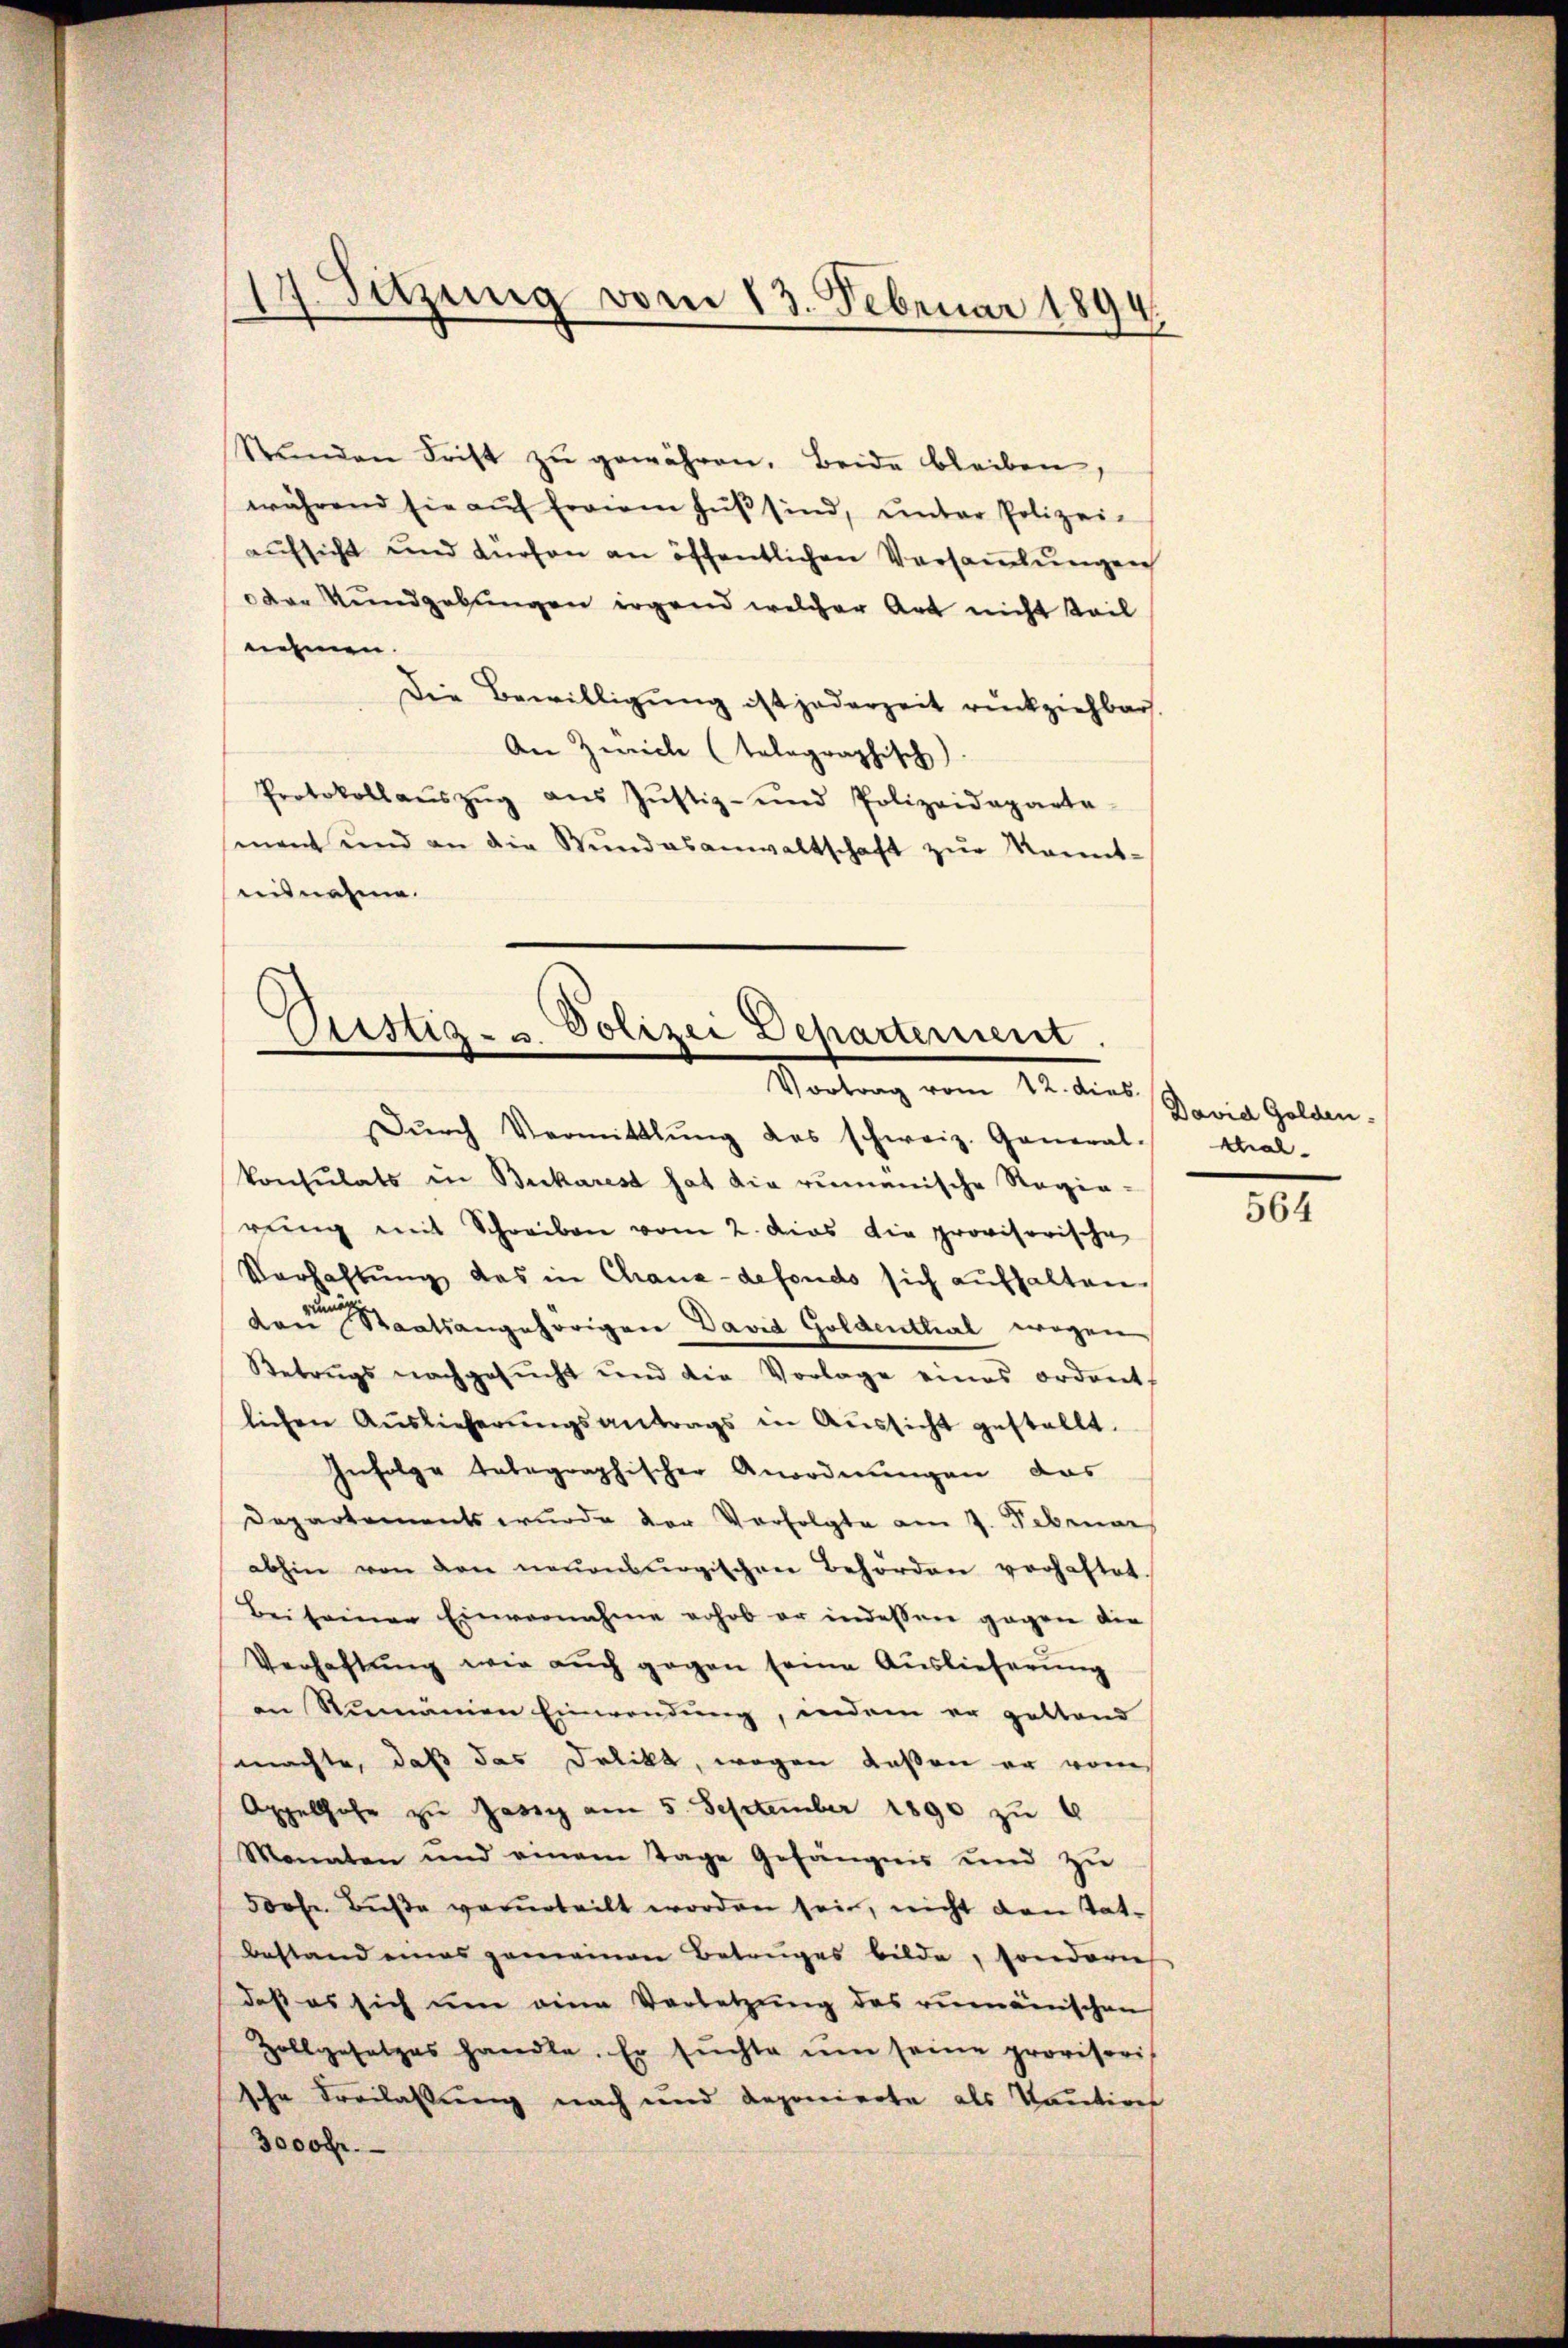
17. Setzung vom 13. Februar 1890
7

Stŭnden Frist zŭ gewähren. Beide bleiben,
während sie aŭf freien Hŭβ sind, unter Polizei-
aŭfsicht und dürfen an öffentlichen Versaṁlŭngen
oder Kundgebungen irgend welcher Art nicht teil
nehmen.
Die Bewilligung ist jederzeit rückziehbar.
An Zeich (tolographisch)
Protokollaŭszŭg aŭs Jŭstiz- und Polizeideparta
ment und an die Bŭndesanwaltschaft zŭr Monnt-
ausnahme.

Dŭrch Vermittlung des schweiz. General-Thal-
konsulats in Bucharest hat die rumanische Regie-
rŭng mit Schreiben vom 2. dies die provisorische
Verhaltŭng das in Chaux-defonds sich aufhalten.
d
von Staatsangehörigen David Goldenthal wegen
Betrugs nachgesŭcht und die Vorlage eines ordent
lichen Auslieferŭngsantrags in Aussicht gestellt.
Infolge telegraphischer Anordnungen das
Departements wurde der Verfolgte am 7. Februar
abhin von den neuenburgischen Behörden verhaftet
Bei seiner Einvernahme erhob er indessen gegen die
Verhaftŭng wie aŭch gegen seine Auslieferung
an Rumanien Einwendung, indem er geltend
machte, daß das Delikt, wegen Kaßen er vom
Appellhofe zu Jassy am 5. September 1890 zu 4
Monaten und einem Tage Gefängnis und zu
300fr. Bŭβe verurteilt worden sein, nicht den tat-
bestand eines gemeinen Betruges bilde, sondern
daß es sich um eine Verletzung des rumänischen
Zollgesetzes handle. Er sŭchte ŭm seine provisoris
sche Freilassung nach und deponierte als Kaution
3000 Fr.

Oristig- u. Polizei Departement.
Vortrag vom 12. dies

David Golden.

564